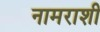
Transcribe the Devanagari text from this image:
नामराशी